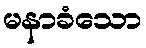
မနာခံသော